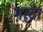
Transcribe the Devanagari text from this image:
गद्धा